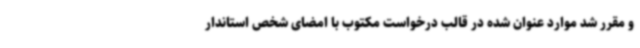
و مقرر شد موارد عنوان شده در قالب درخواست مکتوب با امضای شخص استاندار